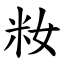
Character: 籹